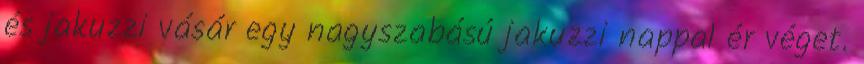
és jakuzzi vásár egy nagyszabású jakuzzi nappal ér véget.